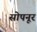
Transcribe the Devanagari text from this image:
सोपनूर